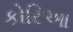
કોરિઆ